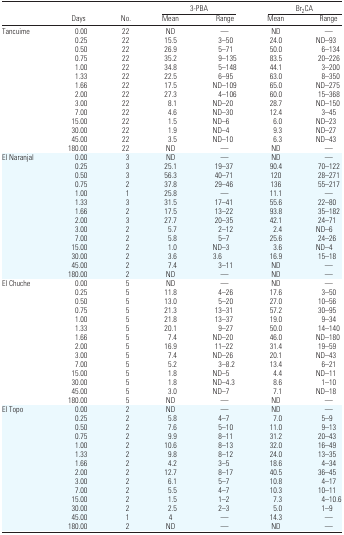
<table><thead><tr><td></td><td></td><td></td><td colspan="2"><b>3-PBA</b></td><td colspan="2"><b>Br<sub>2</sub>CA</b></td></tr><tr><td></td><td><b>Days</b></td><td><b>No.</b></td><td><b>Mean</b></td><td><b>Range</b></td><td><b>Mean</b></td><td><b>Range</b></td></tr></thead><tbody><tr><td>Tancuime</td><td>0.00</td><td>22</td><td>ND</td><td>—</td><td>ND</td><td>—</td></tr><tr><td></td><td>0.25</td><td>22</td><td>15.5</td><td>3–50</td><td>24.0</td><td>ND–93</td></tr><tr><td></td><td>0.50</td><td>22</td><td>26.9</td><td>5–71</td><td>50.0</td><td>6–134</td></tr><tr><td></td><td>0.75</td><td>22</td><td>35.2</td><td>9–135</td><td>83.5</td><td>20–226</td></tr><tr><td></td><td>1.00</td><td>22</td><td>34.8</td><td>5–148</td><td>44.1</td><td>3–200</td></tr><tr><td></td><td>1.33</td><td>22</td><td>22.5</td><td>6–95</td><td>63.0</td><td>8–350</td></tr><tr><td></td><td>1.66</td><td>22</td><td>17.5</td><td>ND–109</td><td>65.0</td><td>ND–275</td></tr><tr><td></td><td>2.00</td><td>22</td><td>27.3</td><td>4–106</td><td>60.0</td><td>15–368</td></tr><tr><td></td><td>3.00</td><td>22</td><td>8.1</td><td>ND–20</td><td>28.7</td><td>ND–150</td></tr><tr><td></td><td>7.00</td><td>22</td><td>4.6</td><td>ND–30</td><td>12.4</td><td>3–45</td></tr><tr><td></td><td>15.00</td><td>22</td><td>1.5</td><td>ND–6</td><td>6.0</td><td>ND–23</td></tr><tr><td></td><td>30.00</td><td>22</td><td>1.9</td><td>ND–4</td><td>9.3</td><td>ND–27</td></tr><tr><td></td><td>45.00</td><td>22</td><td>3.5</td><td>ND–10</td><td>6.3</td><td>ND–43</td></tr><tr><td></td><td>180.00</td><td>22</td><td>ND</td><td>—</td><td>ND</td><td>—</td></tr><tr><td>El Naranjal</td><td>0.00</td><td>3</td><td>ND</td><td>—</td><td>ND</td><td>—</td></tr><tr><td></td><td>0.25</td><td>3</td><td>25.1</td><td>19–37</td><td>90.4</td><td>70–122</td></tr><tr><td></td><td>0.50</td><td>3</td><td>56.3</td><td>40–71</td><td>120</td><td>28–271</td></tr><tr><td></td><td>0.75</td><td>2</td><td>37.8</td><td>29–46</td><td>136</td><td>55–217</td></tr><tr><td></td><td>1.00</td><td>1</td><td>25.8</td><td>—</td><td>11.1</td><td>—</td></tr><tr><td></td><td>1.33</td><td>3</td><td>31.5</td><td>17–41</td><td>55.6</td><td>22–80</td></tr><tr><td></td><td>1.66</td><td>2</td><td>17.5</td><td>13–22</td><td>93.8</td><td>35–182</td></tr><tr><td></td><td>2.00</td><td>3</td><td>27.7</td><td>20–35</td><td>42.1</td><td>24–71</td></tr><tr><td></td><td>3.00</td><td>2</td><td>5.7</td><td>2–12</td><td>2.4</td><td>ND–6</td></tr><tr><td></td><td>7.00</td><td>2</td><td>5.8</td><td>5–7</td><td>25.6</td><td>24–26</td></tr><tr><td></td><td>15.00</td><td>2</td><td>1.0</td><td>ND–3</td><td>3.6</td><td>ND–4</td></tr><tr><td></td><td>30.00</td><td>2</td><td>3.6</td><td>3.6</td><td>16.9</td><td>15–18</td></tr><tr><td></td><td>45.00</td><td>2</td><td>7.4</td><td>3–11</td><td>ND</td><td>—</td></tr><tr><td></td><td>180.00</td><td>2</td><td>ND</td><td>—</td><td>ND</td><td>—</td></tr><tr><td>El Chuche</td><td>0.00</td><td>5</td><td>ND</td><td>—</td><td>ND</td><td>—</td></tr><tr><td></td><td>0.25</td><td>5</td><td>11.8</td><td>4–26</td><td>17.6</td><td>3–50</td></tr><tr><td></td><td>0.50</td><td>5</td><td>13.0</td><td>5–20</td><td>27.0</td><td>10–56</td></tr><tr><td></td><td>0.75</td><td>5</td><td>21.3</td><td>13–31</td><td>57.2</td><td>30–95</td></tr><tr><td></td><td>1.00</td><td>5</td><td>21.8</td><td>13–37</td><td>19.0</td><td>9–34</td></tr><tr><td></td><td>1.33</td><td>5</td><td>20.1</td><td>9–27</td><td>50.0</td><td>14–140</td></tr><tr><td></td><td>1.66</td><td>5</td><td>7.4</td><td>ND–20</td><td>46.0</td><td>ND–180</td></tr><tr><td></td><td>2.00</td><td>5</td><td>16.9</td><td>11–22</td><td>31.4</td><td>19–59</td></tr><tr><td></td><td>3.00</td><td>5</td><td>7.4</td><td>ND–26</td><td>20.1</td><td>ND–43</td></tr><tr><td></td><td>7.00</td><td>5</td><td>5.2</td><td>3–8.2</td><td>13.4</td><td>6–21</td></tr><tr><td></td><td>15.00</td><td>5</td><td>1.8</td><td>ND–5</td><td>4.4</td><td>ND–11</td></tr><tr><td></td><td>30.00</td><td>5</td><td>1.8</td><td>ND–4.3</td><td>8.6</td><td>1–10</td></tr><tr><td></td><td>45.00</td><td>5</td><td>3.0</td><td>ND–7</td><td>7.1</td><td>ND–18</td></tr><tr><td></td><td>180.00</td><td>5</td><td>ND</td><td>—</td><td>ND</td><td>—</td></tr><tr><td>El Topo</td><td>0.00</td><td>2</td><td>ND</td><td>—</td><td>ND</td><td>—</td></tr><tr><td></td><td>0.25</td><td>2</td><td>5.8</td><td>4–7</td><td>7.0</td><td>5–9</td></tr><tr><td></td><td>0.50</td><td>2</td><td>7.6</td><td>5–10</td><td>11.0</td><td>9–13</td></tr><tr><td></td><td>0.75</td><td>2</td><td>9.9</td><td>8–11</td><td>31.2</td><td>20–43</td></tr><tr><td></td><td>1.00</td><td>2</td><td>10.6</td><td>8–13</td><td>32.0</td><td>16–49</td></tr><tr><td></td><td>1.33</td><td>2</td><td>9.8</td><td>8–12</td><td>24.0</td><td>13–35</td></tr><tr><td></td><td>1.66</td><td>2</td><td>4.2</td><td>3–5</td><td>18.6</td><td>4–34</td></tr><tr><td></td><td>2.00</td><td>2</td><td>12.7</td><td>8–17</td><td>40.5</td><td>36–45</td></tr><tr><td></td><td>3.00</td><td>2</td><td>6.1</td><td>5–7</td><td>10.8</td><td>4–17</td></tr><tr><td></td><td>7.00</td><td>2</td><td>5.5</td><td>4–7</td><td>10.3</td><td>10–11</td></tr><tr><td></td><td>15.00</td><td>2</td><td>1.5</td><td>1–2</td><td>7.3</td><td>4–10.6</td></tr><tr><td></td><td>30.00</td><td>2</td><td>2.5</td><td>2–3</td><td>5.0</td><td>1–9</td></tr><tr><td></td><td>45.00</td><td>1</td><td>4</td><td>—</td><td>14.3</td><td>—</td></tr><tr><td></td><td>180.00</td><td>2</td><td>ND</td><td>—</td><td>ND</td><td>—</td></tr></tbody></table>